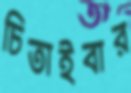
চিতাইবার